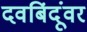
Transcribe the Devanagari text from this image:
दवबिंदूंवर